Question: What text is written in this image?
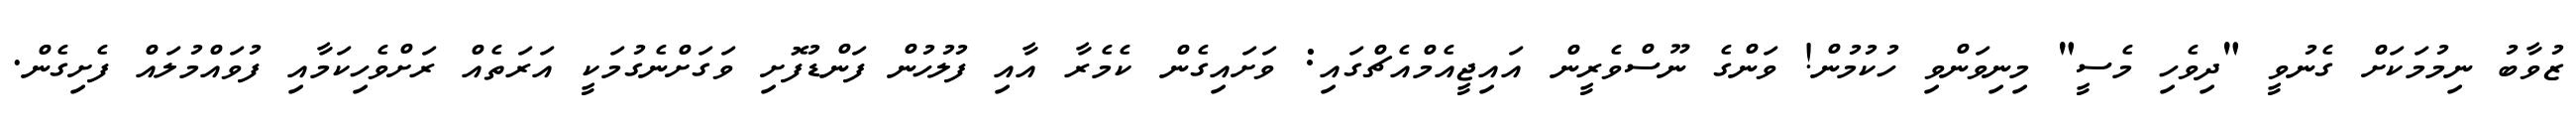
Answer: ޒުވާބު ނިމުމަކަށް ގެނުވީ "ދިވެހި މެސީ" މިނިވަންވި ހުކުމުން! ވަންގެ ނޫސްވެރީން އައިޖީއެމްއެޗްގައި: ވަށައިގެން ކެމެރާ އާއި ފުލުހުން ފަންޑުފޮށި ވަގަށްނެގުމަކީ އަރަތެއް ރަށްވެހިކަމާއި ފުވައްމުލައް ފެށިގެން.